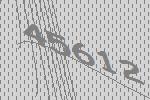
45612